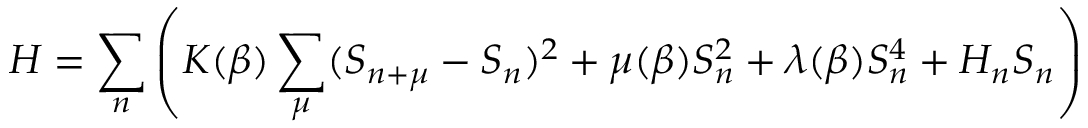
{ \cal H } = \sum _ { n } \left( K ( \beta ) \sum _ { \mu } ( S _ { n + \mu } - S _ { n } ) ^ { 2 } + \mu ( \beta ) S _ { n } ^ { 2 } + \lambda ( \beta ) S _ { n } ^ { 4 } + H _ { n } S _ { n } \right)